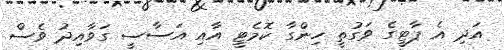
އަދި އެ ޕާޓީގެ ވަގުތީ ހިންގާ ކޮމެޓީ އާއި އަސާސީ ގަވާއިދު ވެސް